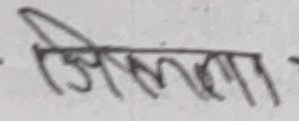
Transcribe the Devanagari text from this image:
जिल्ला